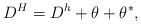
LaTeX: \begin{align*}D^H=D^h+\theta+\theta^*,\end{align*}